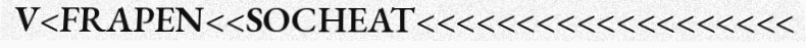
V<FRAPEN<<SOCHEAT<<<<<<<<<<<<<<<<<<<